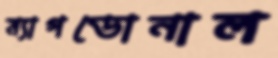
ম্যাগডোনাল